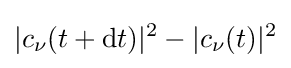
|c_{\nu }(t+\mathrm {d} t)|^{2}-|c_{\nu }(t)|^{2}